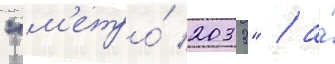
"м'етро́ 2033" / а́